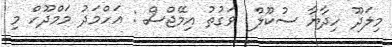
މިލަދޫ ހިދާޔާ ސުކޫލް  ވަގުތު އިމޭޖްސް : އަހްމަދު މަމްދޫހް މި